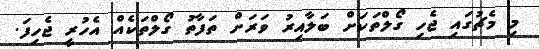
މި މެޗުގައި ޖެހި ގޯލްތަކަށް ބަލާއިރު ވަރަށް ތަފާތު ގޯލްތަކެއް އެހުރީ ޖެހިފަ.